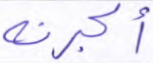
أكبرنه